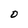
Character: O